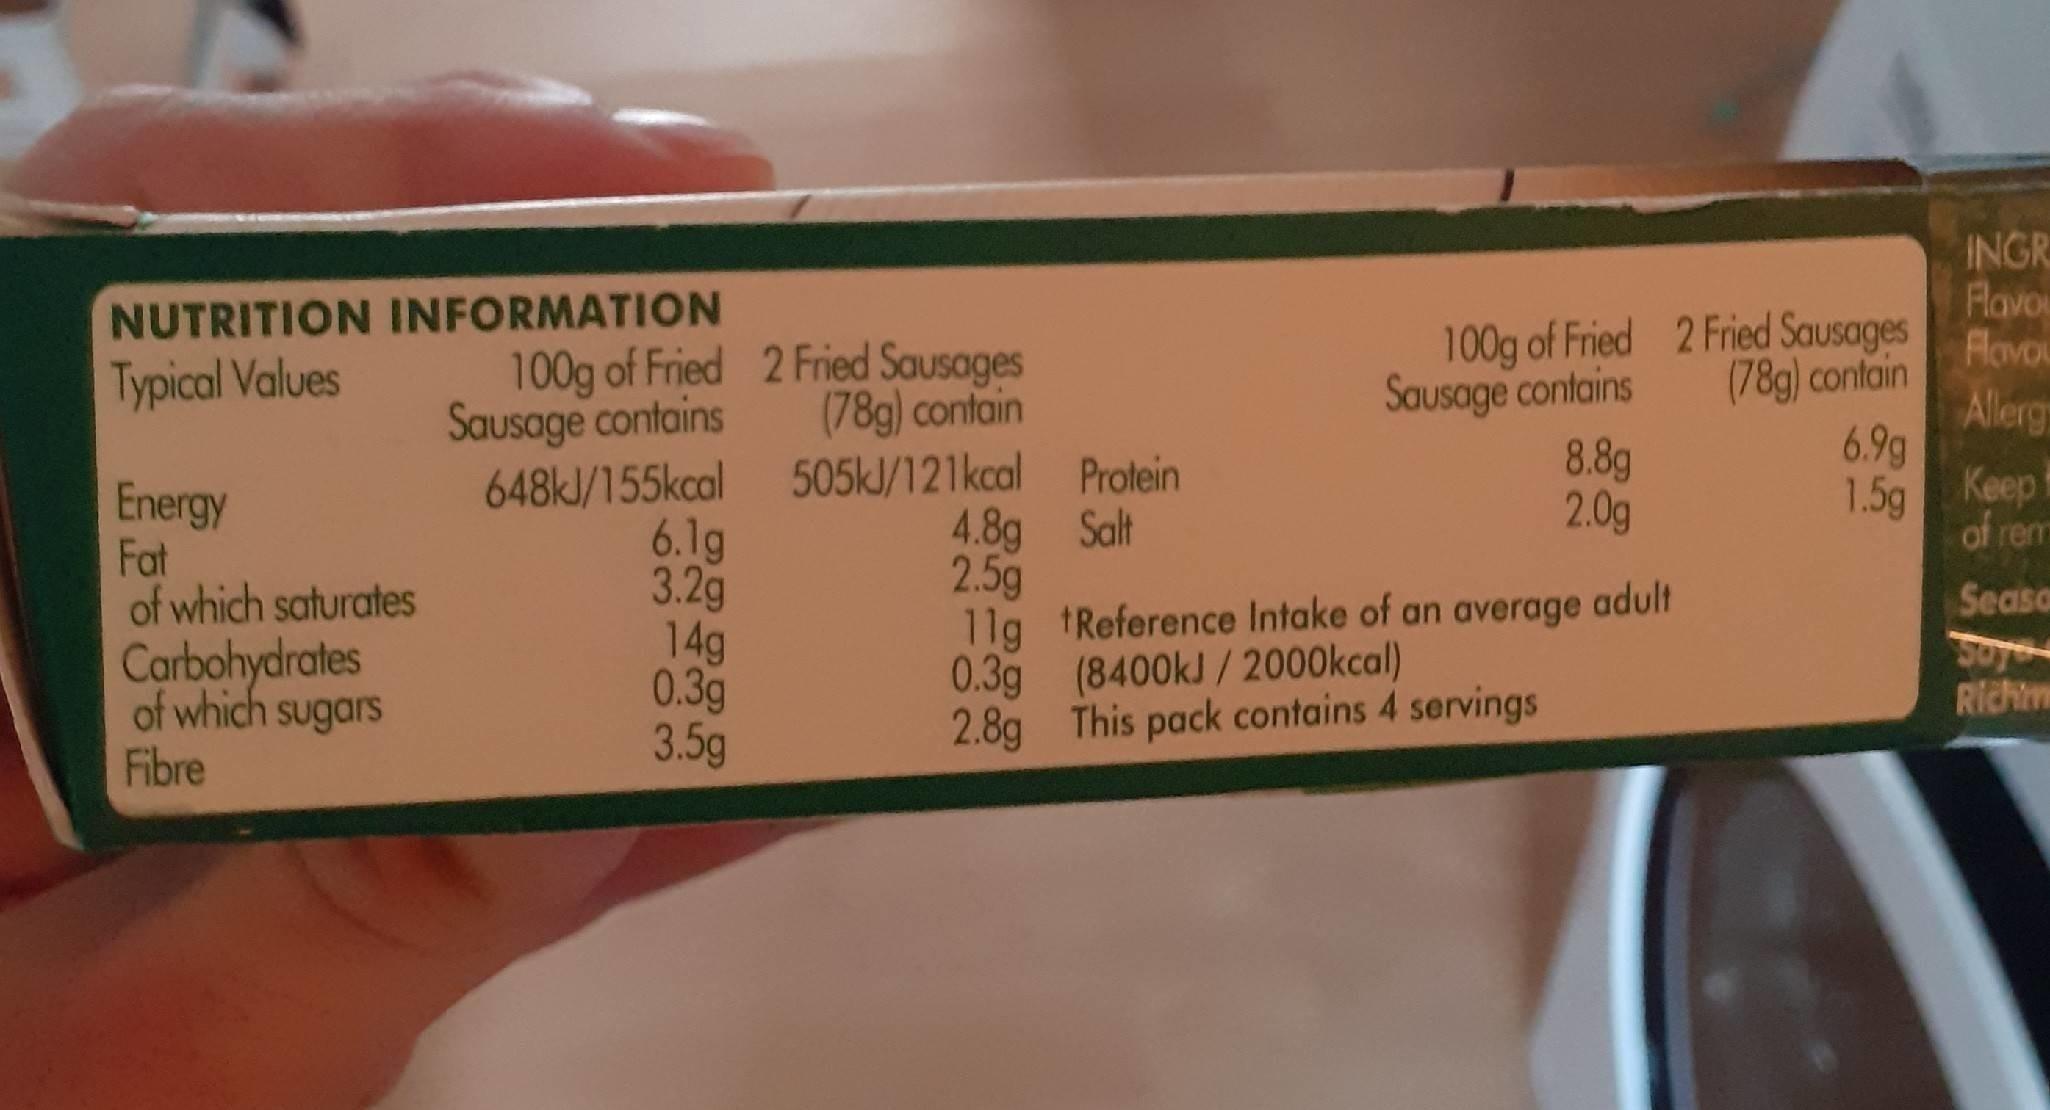
INGR Flavou Flovou Allerg 6.9g 1.5g Keep
NUTRITION INFORMATION
100g of Fried 2 Fried Sausages lovo Sausage contains 8.8g 2.0g
Typical Values
100g of Fried 2 Fried Sausages (78g) contain
(78g) contain
Sausage contains
648kJ/155kcal 505KJ/121kcal Protein 6.1g 3.2g 14g 0.3g 3.5g
Energy Fat of which saturates
4.8g Salt 2.5g 11g tReference Intake of an average 0.3g (8400kJ/ 2000kcal) 2.8g This pack contains 4 servings
of rem
adult
Seaso
Carbohydrates of which sugars
Soye
Richm
Fibre